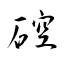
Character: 硿